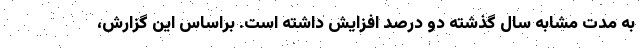
به مدت مشابه سال گذشته دو درصد افزایش داشته است. براساس این گزارش،